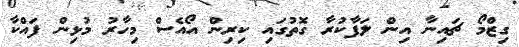
ގިޒްމޯ ޗައިނާ އިން ލަފާކުރާ ގޮތުގައި ކިރިން އޯއެސް މިހާރު މުޅިން ފައްކާ